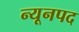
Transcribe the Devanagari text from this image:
न्यूनपद